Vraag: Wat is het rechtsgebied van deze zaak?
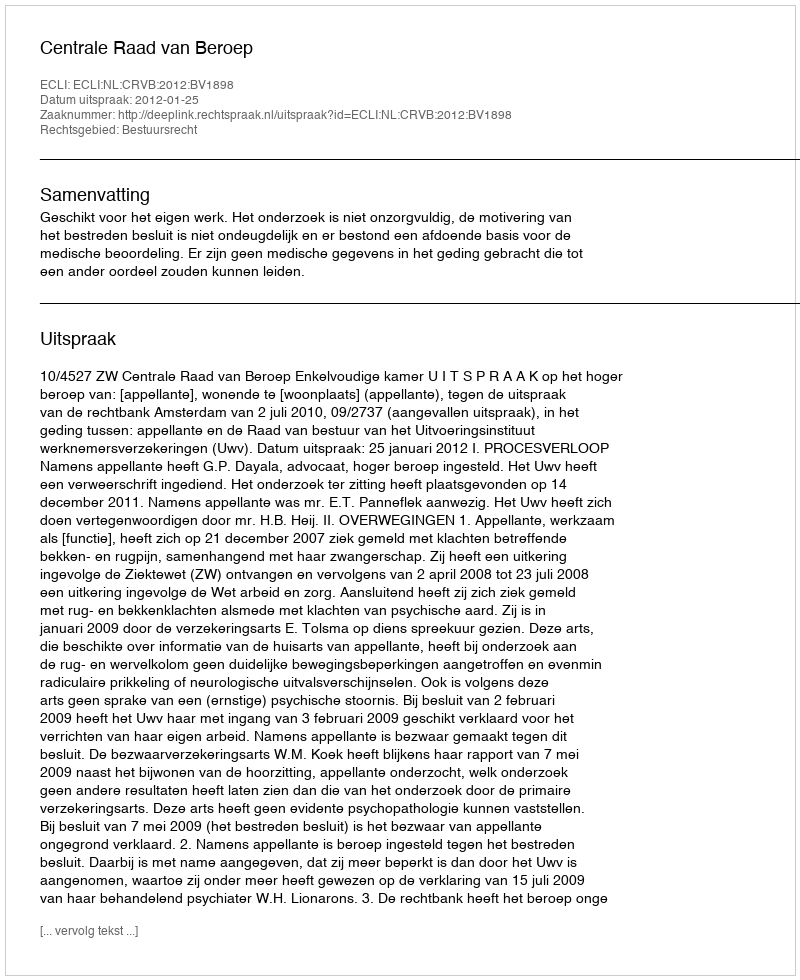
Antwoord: Bestuursrecht